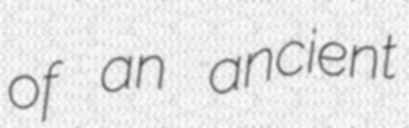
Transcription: of an ancient